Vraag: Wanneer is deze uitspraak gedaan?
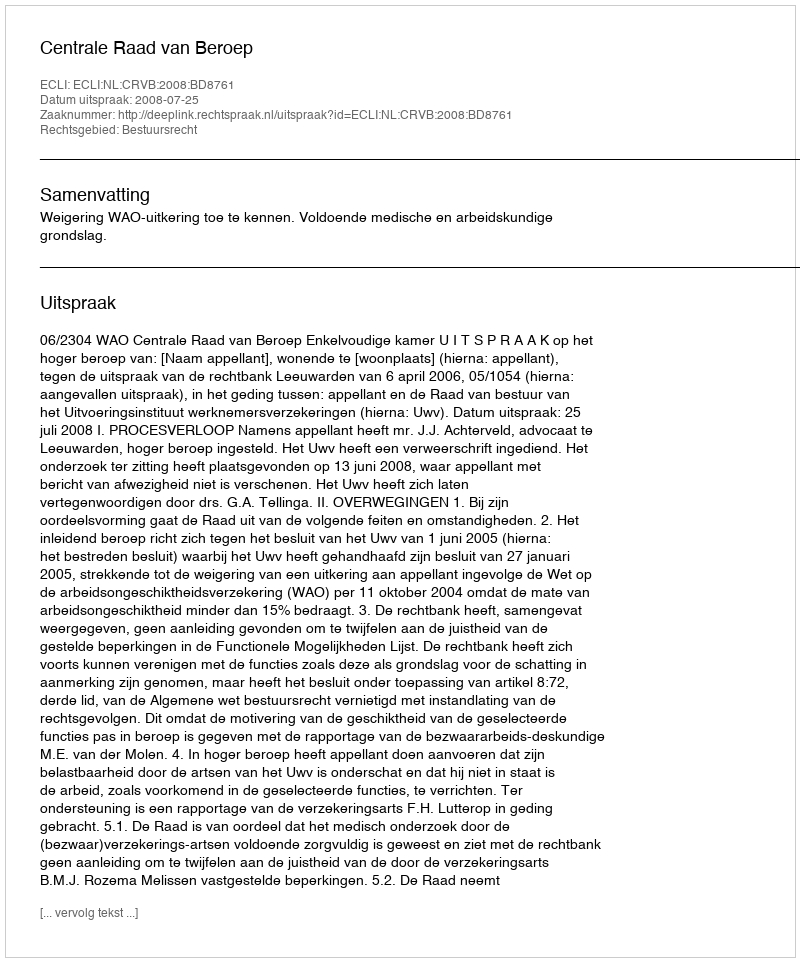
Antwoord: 2008-07-25